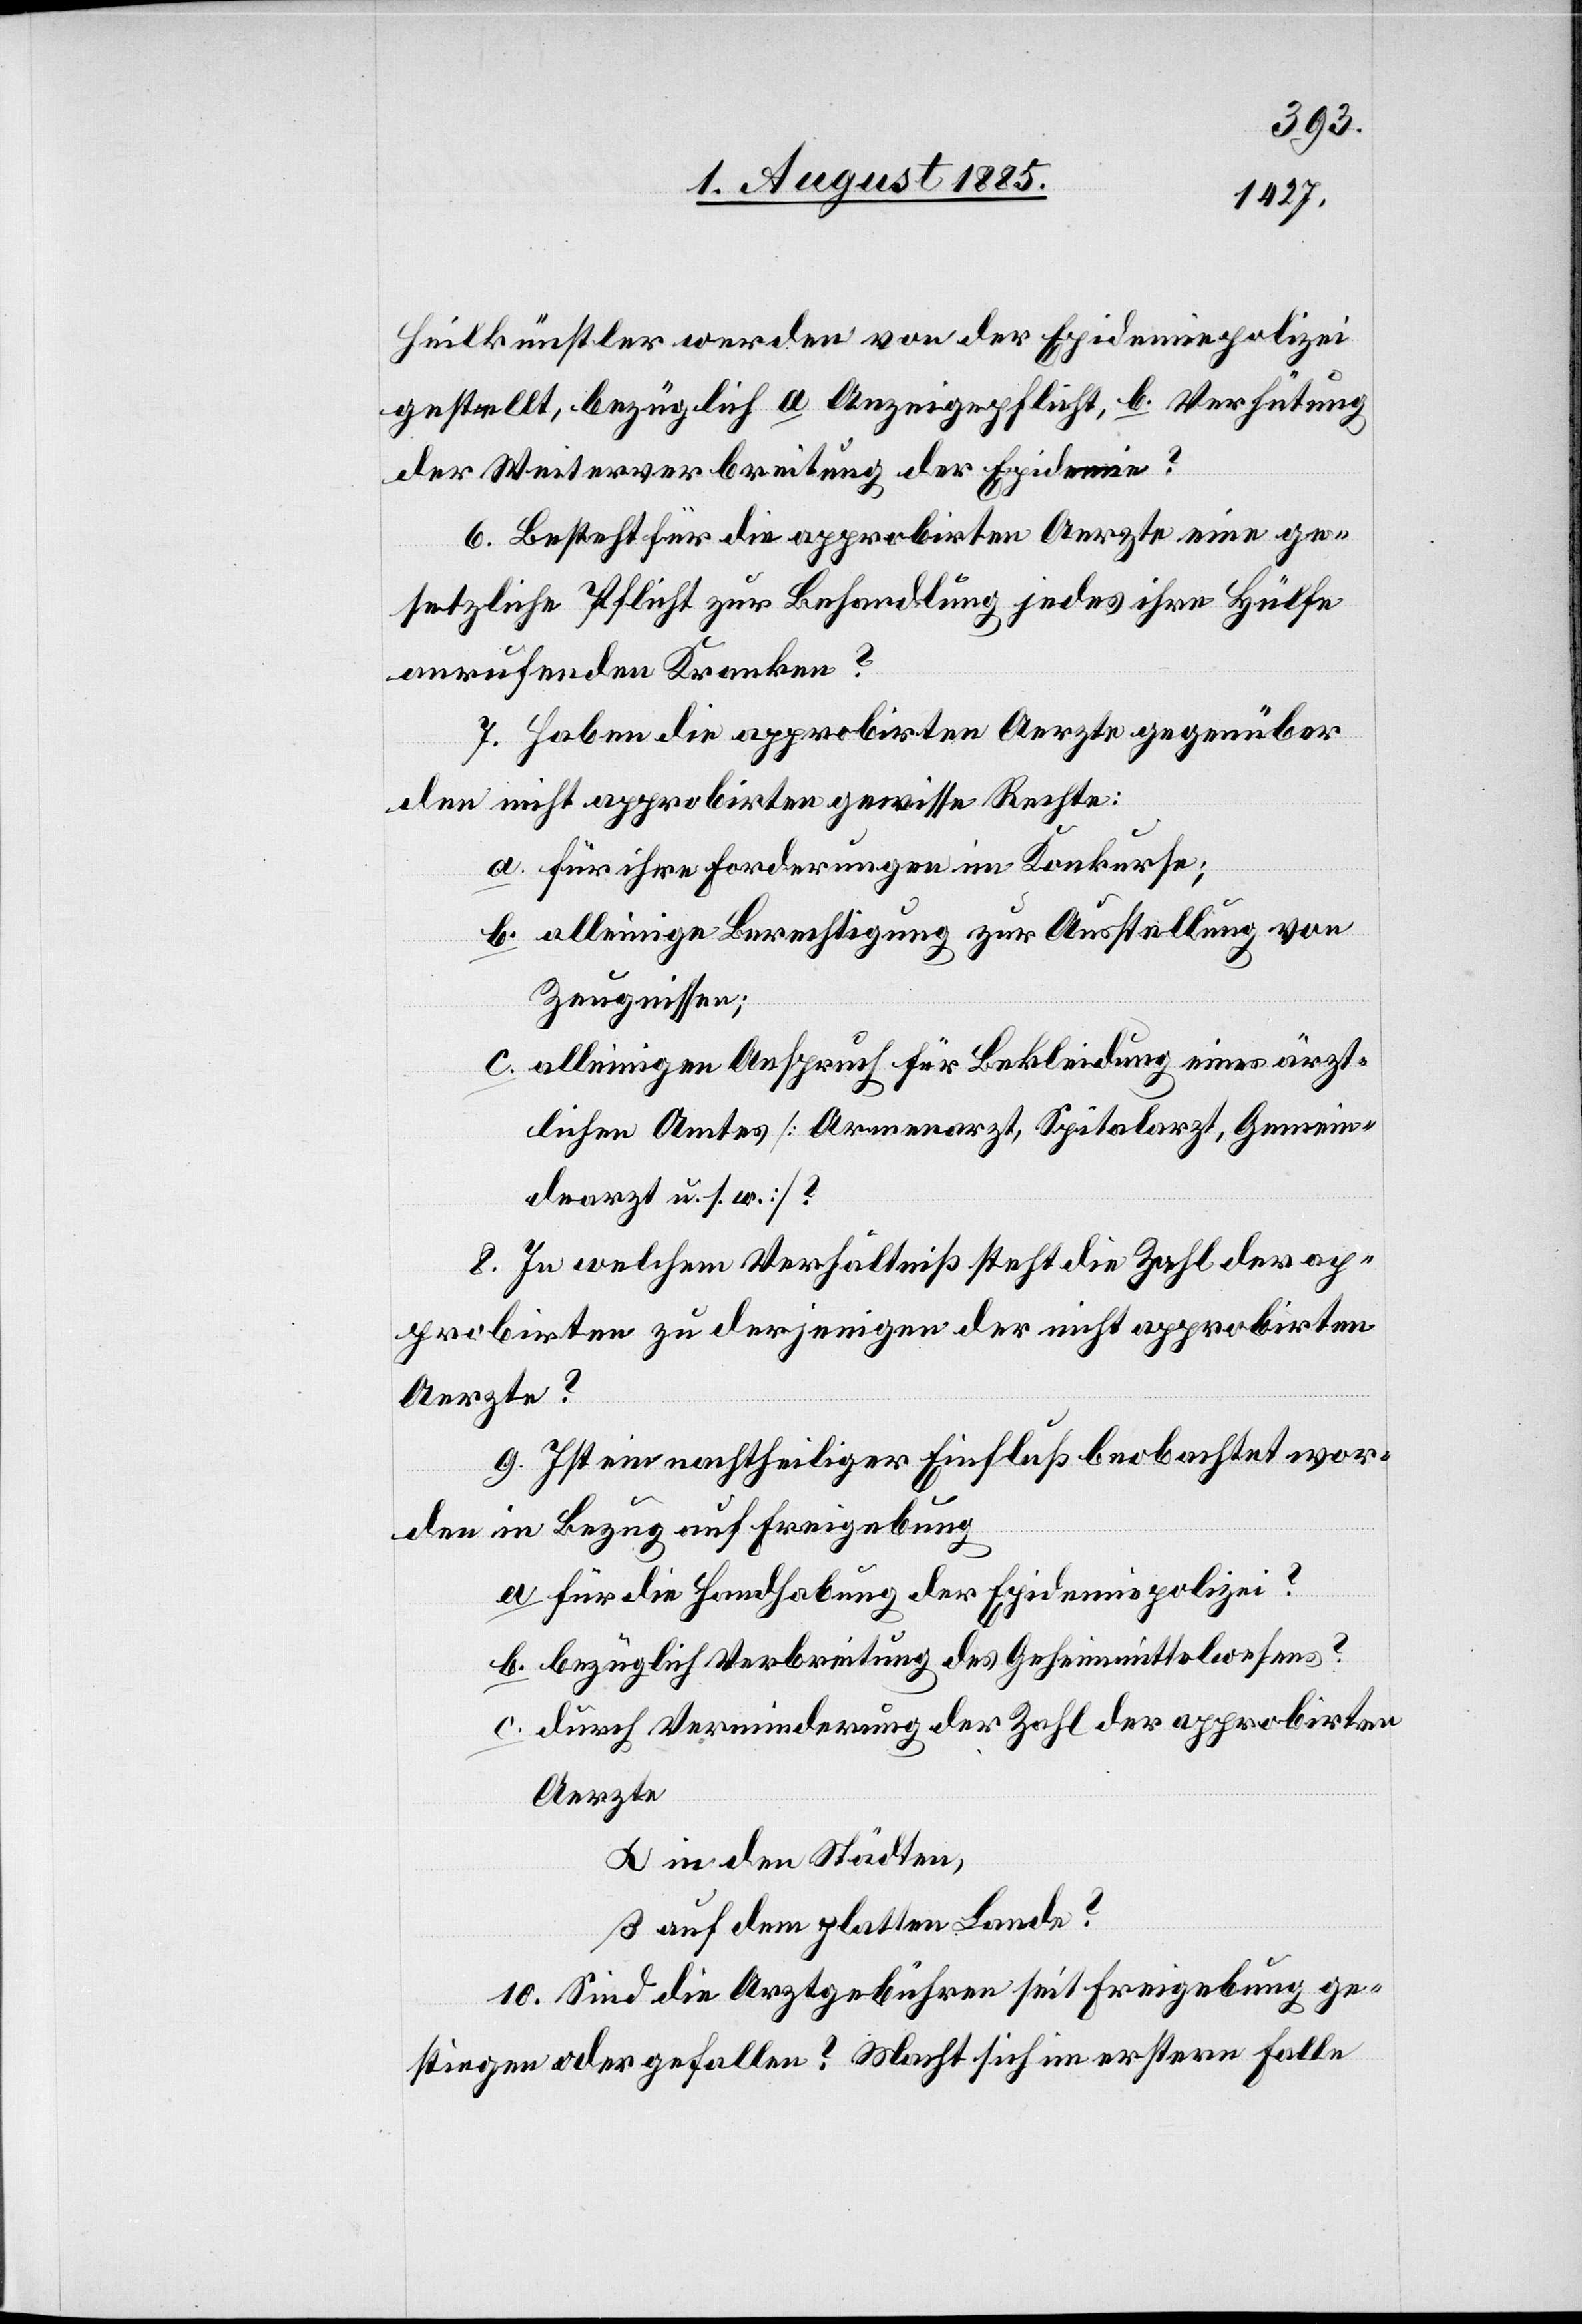
Heilkünstler werden von der Epidemiepolizei
gestellt, bezüglich a. Anzeigepflicht, b. Verhütung
der Weiterverbreitung der Epidemie?
6. Besteht für die approbirten Aerzte eine ge¬
setzliche Pflicht zur Behandlung jedes ihre Hülfe
anrufenden Kranken?
7. Haben die approbirten Aerzte gegenüber
den nicht approbirten gewisse Rechte:
a. für ihre Forderungen im Konkurse;
b. alleinige Berechtigung zur Ausstellung von
Zeugnissen;
c. alleinigen Anspruch für Bekleidung eines ärzt¬
lichen Amtes [Armenarzt, Spitalarzt, Gemein¬
dearzt u. s. w.]?
8. In welchem Verhältniß steht die Zahl der ap¬
probirten zu derjenigen der nicht approbirten
Aerzte?
9. Ist ein nachtheiliger Einfluß beobachtet wor¬
den in Bezug auf Freigebung
a. für die Handhabung der Epidemiepolizei?
b. bezüglich Verbreitung des Geheimmittelwesens?
c. durch Verminderung der Zahl der approbirten
Aerzte
α in den Städten
β auf dem platten Lande?
10. Sind die Arztgebühren seit Freigebung ge¬
stiegen oder gefallen? Macht sich im erstern Falle